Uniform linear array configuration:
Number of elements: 16
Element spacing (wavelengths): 0.75
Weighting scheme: blackman
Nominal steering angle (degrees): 30
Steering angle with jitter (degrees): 28.425
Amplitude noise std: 0.05
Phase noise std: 0.05

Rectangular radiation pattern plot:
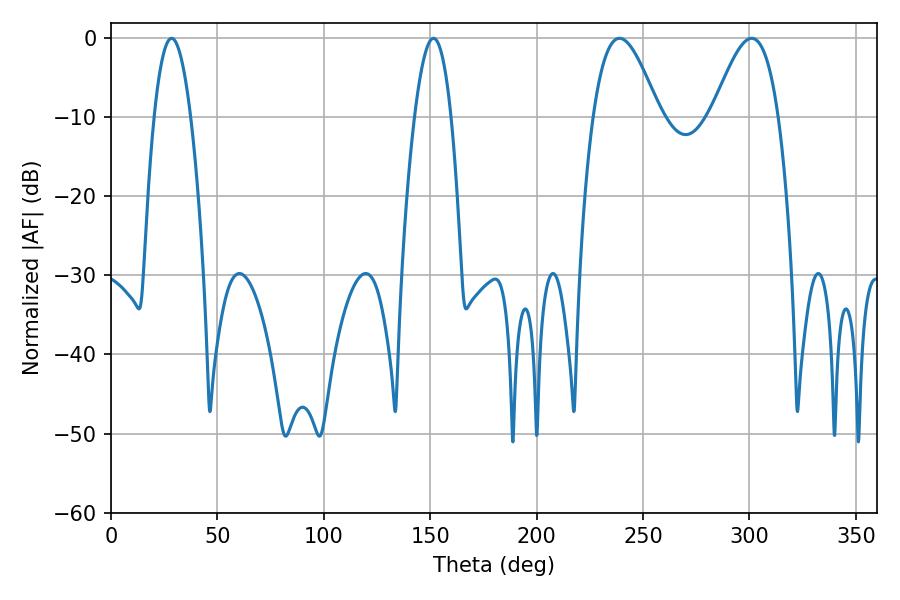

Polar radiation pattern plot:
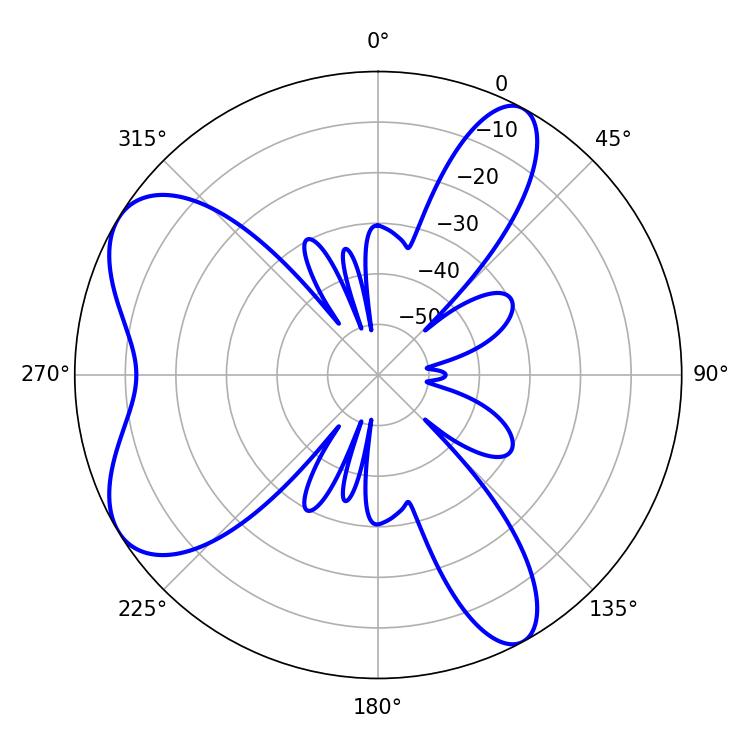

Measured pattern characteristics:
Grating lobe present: TRUE
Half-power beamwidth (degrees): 9.36
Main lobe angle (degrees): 28.44